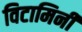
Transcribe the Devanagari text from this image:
विटामिनी